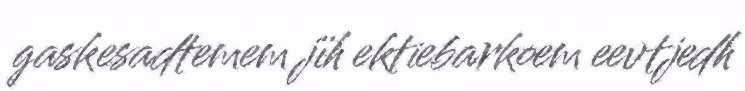
gaskesadtemem jïh ektiebarkoem eevtjedh